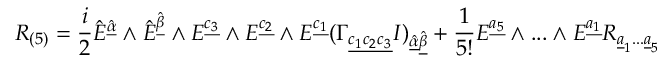
R _ { ( 5 ) } = { \frac { i } { 2 } } \hat { E } ^ { \hat { \underline { { \alpha } } } } \wedge \hat { E } ^ { \hat { \underline { { \beta } } } } \wedge E ^ { { \underline { { { c _ { 3 } } } } } } \wedge E ^ { { \underline { { { c _ { 2 } } } } } } \wedge E ^ { { \underline { { { c _ { 1 } } } } } } ( \Gamma _ { { \underline { { { c _ { 1 } c _ { 2 } c _ { 3 } } } } } } I ) _ { \hat { \underline { { { \alpha } } } } \hat { \underline { { { \beta } } } } } + { \frac { 1 } { 5 ! } } E ^ { { \underline { { { a _ { 5 } } } } } } \wedge . . . \wedge E ^ { { \underline { { { a _ { 1 } } } } } } R _ { \underline { { { a } } } _ { 1 } . . . \underline { { { a } } } _ { 5 } }